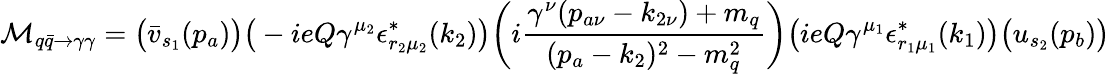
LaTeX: \mathcal{M}_{q\bar{q}\rightarrow\gamma\gamma}=\big(\bar{v}_{s_{1}}(p_{a})\big)\big(-ieQ\gamma^{\mu_{2}}\epsilon_{r_{2}\mu_{2}}^{*}(k_{2})\big)\bigg(i\frac{\gamma^{\nu}(p_{a\nu}-k_{2\nu})+m_{q}}{(p_{a}-k_{2})^{2}-m_{q}^{2}}\bigg)\big(ieQ\gamma^{\mu_{1}}\epsilon_{r_{1}\mu_{1}}^{*}(k_{1})\big)\big(u_{s_{2}}(p_{b})\big)